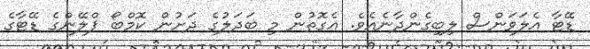
ޑޭޓާ އެލަވަންސް ލިބިގެންދާނެއެވެ. އެގޮތުން މި ބަދަލުގެ ދަށުން ކޮމްބޯ ޕްލޭންގެ ޑޭޓާގެ